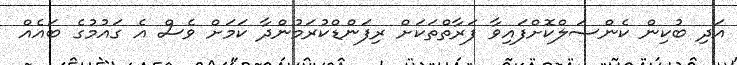
އަދި ބުކިން ކެންސަލްކޮށްފައިވާ ފަރާތްތަކަށް ރިފަންޑްކުރަމުންދާ ކަމަށް ވެސް އެ ގައުމުގެ ބައެއް